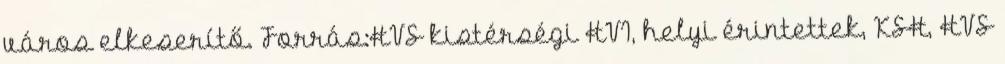
város elkeserítő. Forrás:HVS kistérségi HVI, helyi érintettek, KSH, HVS